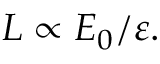
L \propto E _ { 0 } / \varepsilon .